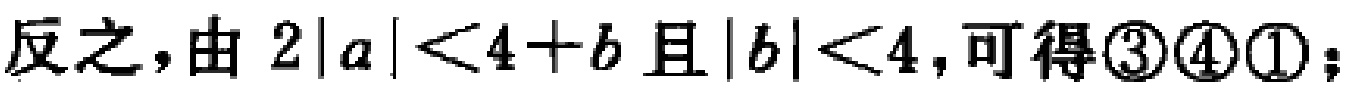
反之，由 \(2|a|<4 + b\) 且 \(|b|<4\)，可得\textcircled{3}\textcircled{4}\textcircled{1}；